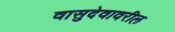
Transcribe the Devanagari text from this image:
वासुदेवावरील